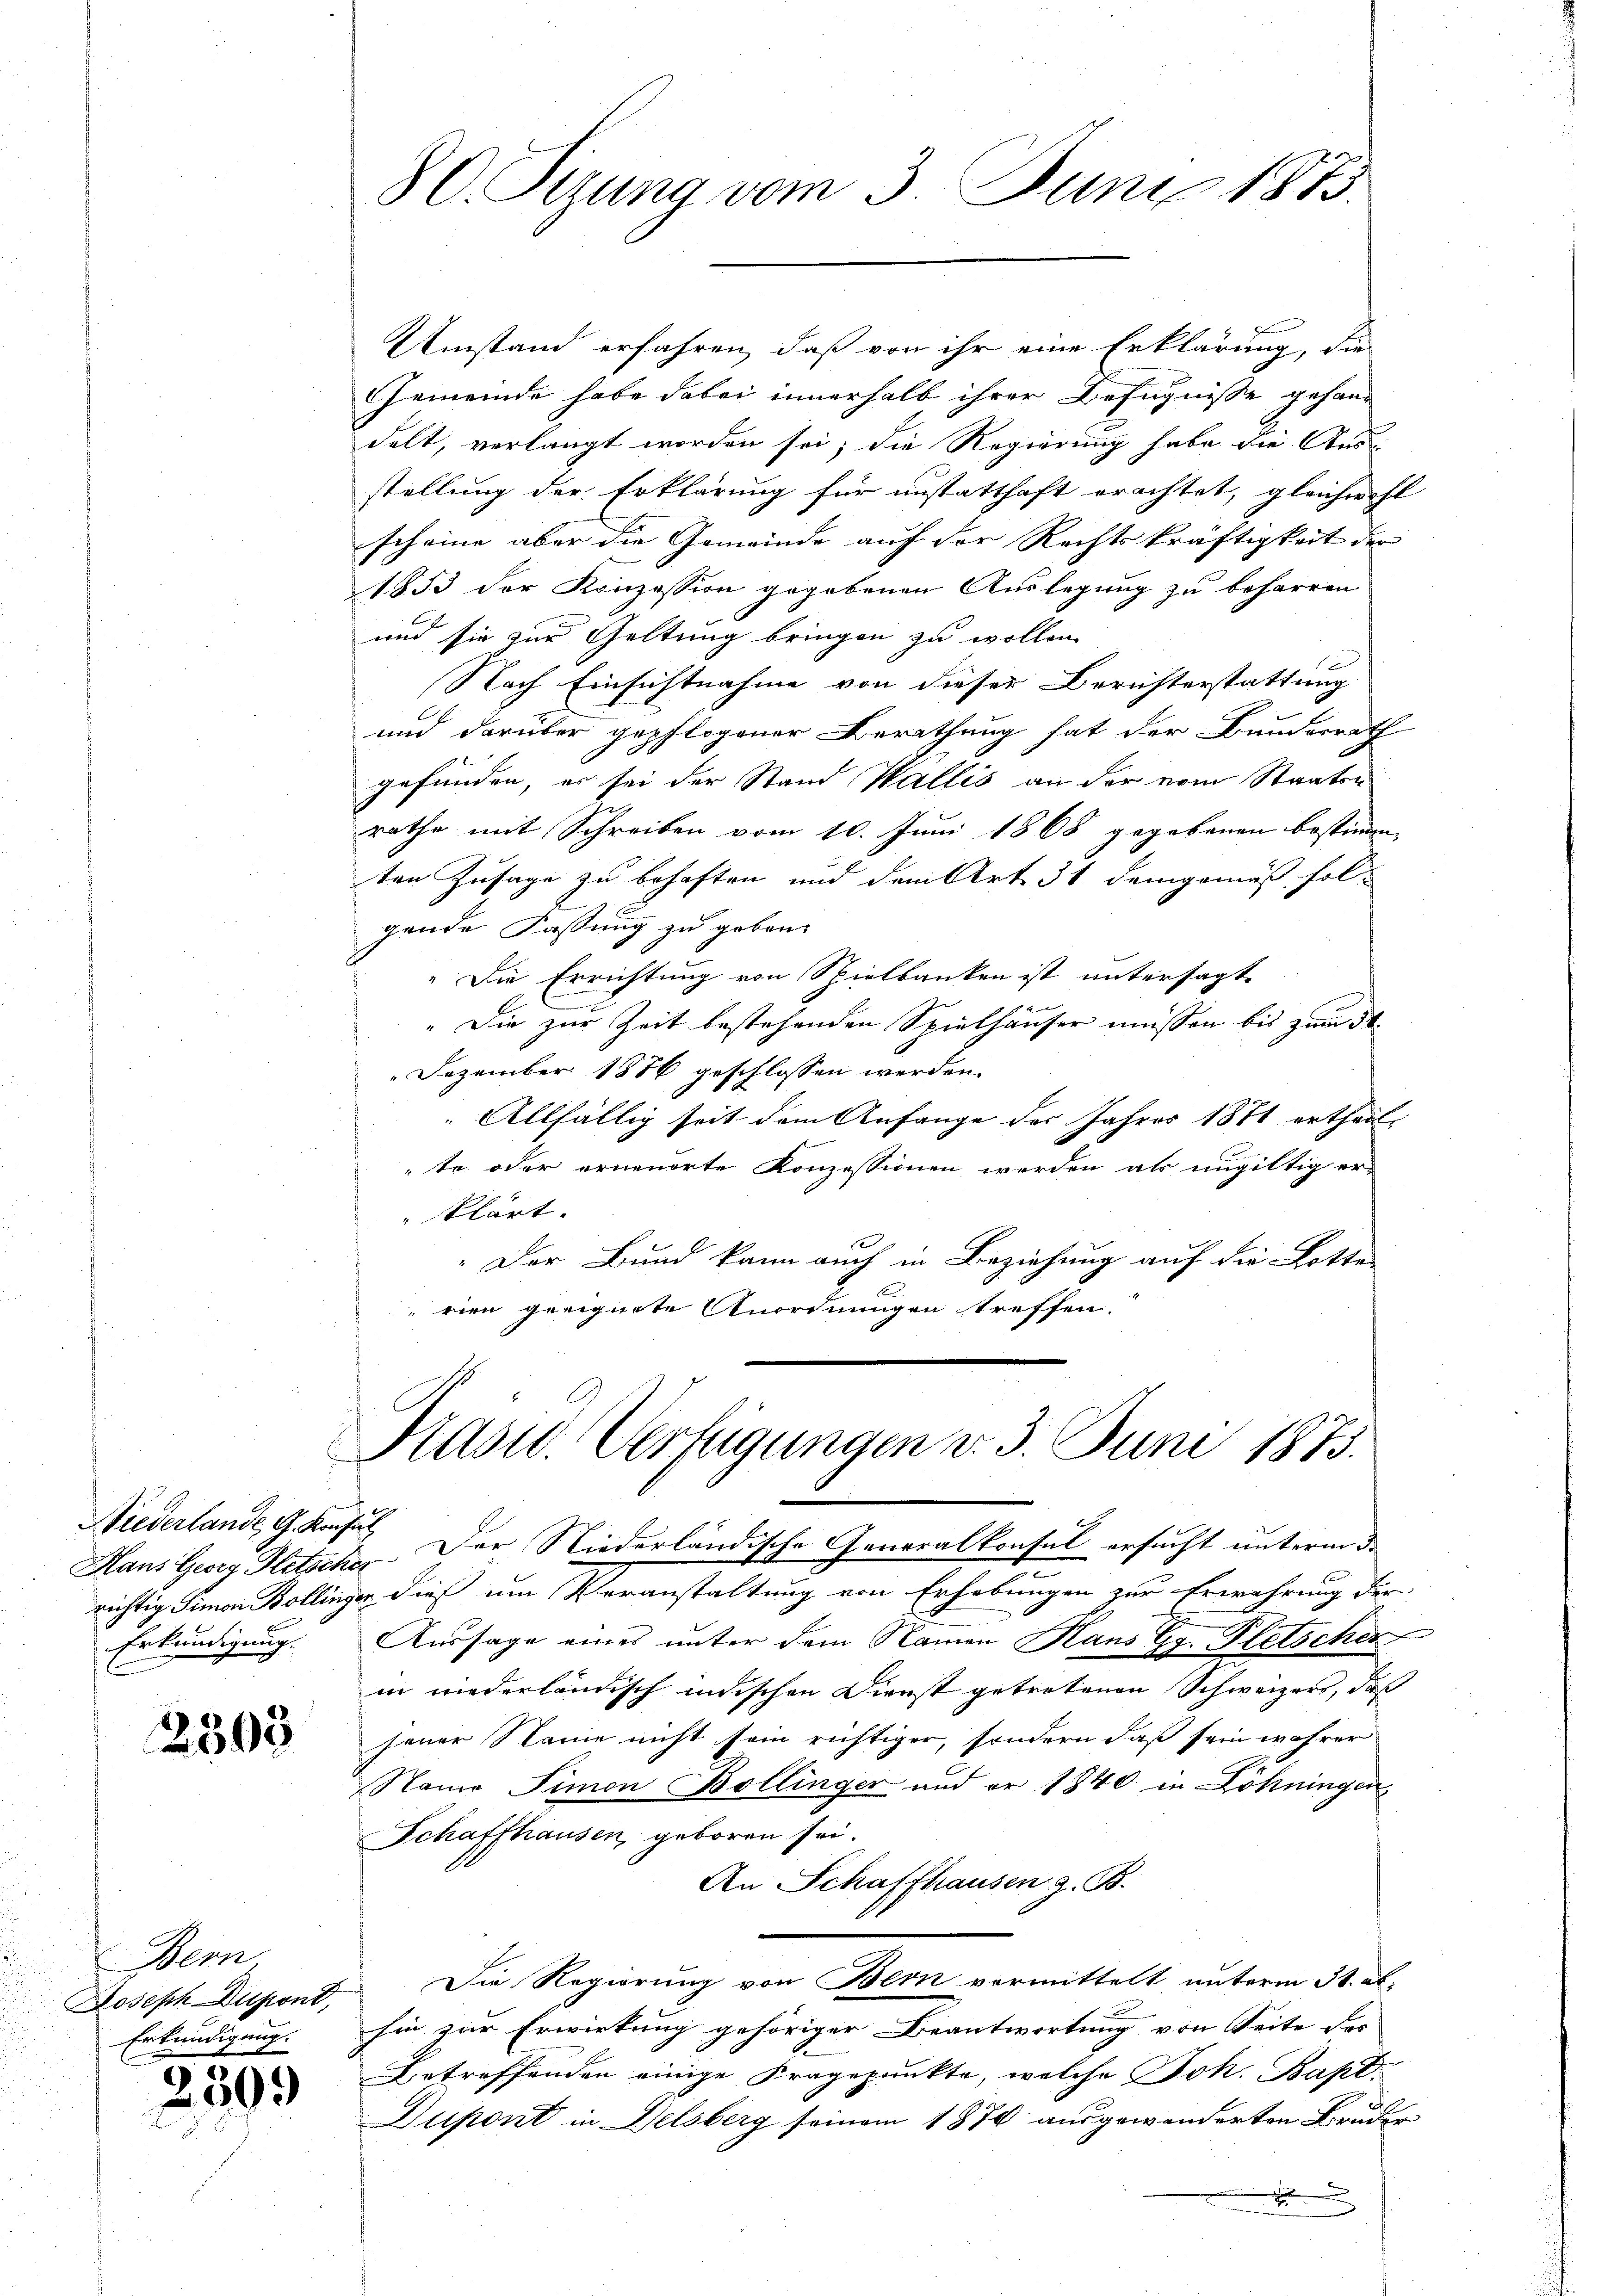
Niederlande G. Konsul
Erkundigung.

2503

Bern,
Joseph Dupont,
Erkundigung.

2

2500

Umstand erfahren, daß von ihr eine Erklärung, die
Gemeinde habe dabei innerhalb ihrer Befugnisse gehand
delt, verlangt worden sei; die Regierung habe die Aus-
stellung der Erklärung für unstatthaft erachtet, gleichwohl
scheine aber die Gemeinde auf der Rechtskräftigkeit der
1853 der Konzession gegebenen Auslegung zu beharren
und sie zur Geltung bringen zu wollen.
Nach Einsichtnahme von dieser Berichterstattung
und darüber gepflogener Berathung hat der Bunderrath
gefunden, es sei der Stand Wallis an der vom Staaten
rathe mit Schreiben vom 10. Juni 1868 gegebenen bestimme
ten Zusage zu behaften und dem Art. 31. Demgemäß folgende Fassung zu geben.
" Die Errichtung von Spielbanken ist untersagte
" Die zur Zeit bestehenden Spielhäuser müssen bis zum 30.
Dezember 1876 geschlossen werden.
Allfällig seit dem Anfange der Jahres 1871 ertheil-
"te oder erneuerte Konzessionen werden als ungültig er-
klärt.
.Der Bund kann auch in Beziehung auf die Lotte
vien geeignete Anordnungen treffen.

80. Sizung vom 3. Juni 1873.

Präsid. Verfügungen v. 3. Juni 1873.

Hans Georg Hletscher. Der Niederländische Generalkonsul ersucht unterm 3.
richtig Simon Bollingen dieß um Veranstaltung von Erhebungen zur Erwährung der
Aussage eines unter dem Namen Hans Gr. Pletschen
in niederländisch indischen Dienst getretenen Schweizers, daß
jener Name nicht sein richtiger, sondern daß sein wehrer
Name Simon Bollinger und er 1840 in Löhningen,
Schaffhausen, geboren sei.
An Schaffhausen z. B.
Die Regierung von Bern vermittelt unterm 31. ab.
hin zur Erwirkung gehöriger Beantwortung von Seite der
Betreffenden einige Fragepunkte, welche Joh. Bapt-
Duport in Delsberg seinem 1870 ausgewanderten Bruder
x